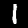
Digit: 1